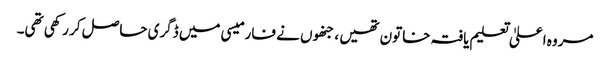
مروہ اعلیٰ تعلیم یافتہ خاتون تھیں ، جنھوں نے فارمیسی میں ڈگری حاصل کر رکھی تھی۔